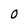
Character: 0